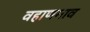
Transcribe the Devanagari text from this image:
वहाणगाव